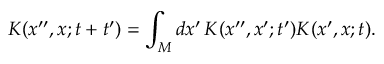
K ( x ^ { \prime \prime } , x ; t + t ^ { \prime } ) = \int _ { M } d x ^ { \prime } \, K ( x ^ { \prime \prime } , x ^ { \prime } ; t ^ { \prime } ) K ( x ^ { \prime } , x ; t ) .